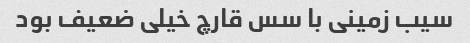
سیب زمینی با سس قارچ خیلی ضعیف بود